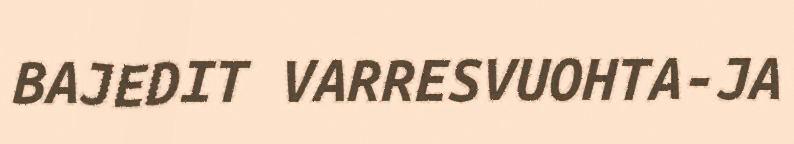
BAJEDIT VARRESVUOHTA-JA